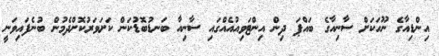
އިންޑިއާގެ ނޫހަކަށް ސާނިއާގެ ބައްޕަ ދިން އިންޓަވިއުއެއްގައި ސާނިއާ ބަނޑުބޮޑުކަން ކަށަވަރުކޮށްދެމުން ބުނެފައިވަނީ